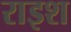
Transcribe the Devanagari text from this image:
राइश